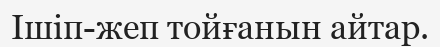
Ішіп-жеп тойғанын айтар.